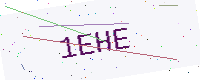
Text: 1EHE